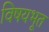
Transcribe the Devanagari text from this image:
विषयभूत